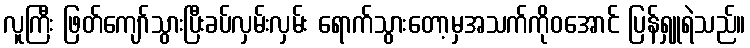
လူကြီး ဖြတ်ကျော်သွားပြီးခပ်လှမ်းလှမ်း ရောက်သွားတော့မှအသက်ကိုဝအောင် ပြန်ရှူရဲသည်။